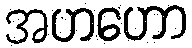
အဟဟော